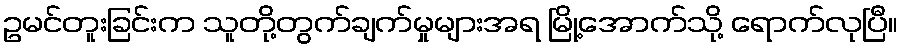
ဥမင်တူးခြင်းက သူတို့တွက်ချက်မှုများအရ မြို့အောက်သို့ ရောက်လုပြီ။